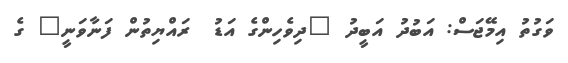
ވަގުތު އިމޭޖަސް: އަބުދު އަބީދު "ދިވެހިންގެ އަޑު  ރައްޔިތުން ފަނާވަނީ" ގެ